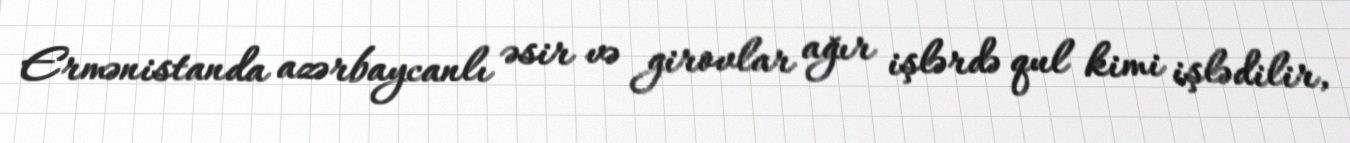
Ermənistanda azərbaycanlı əsir və girovlar ağır işlərdə qul kimi işlədilir,